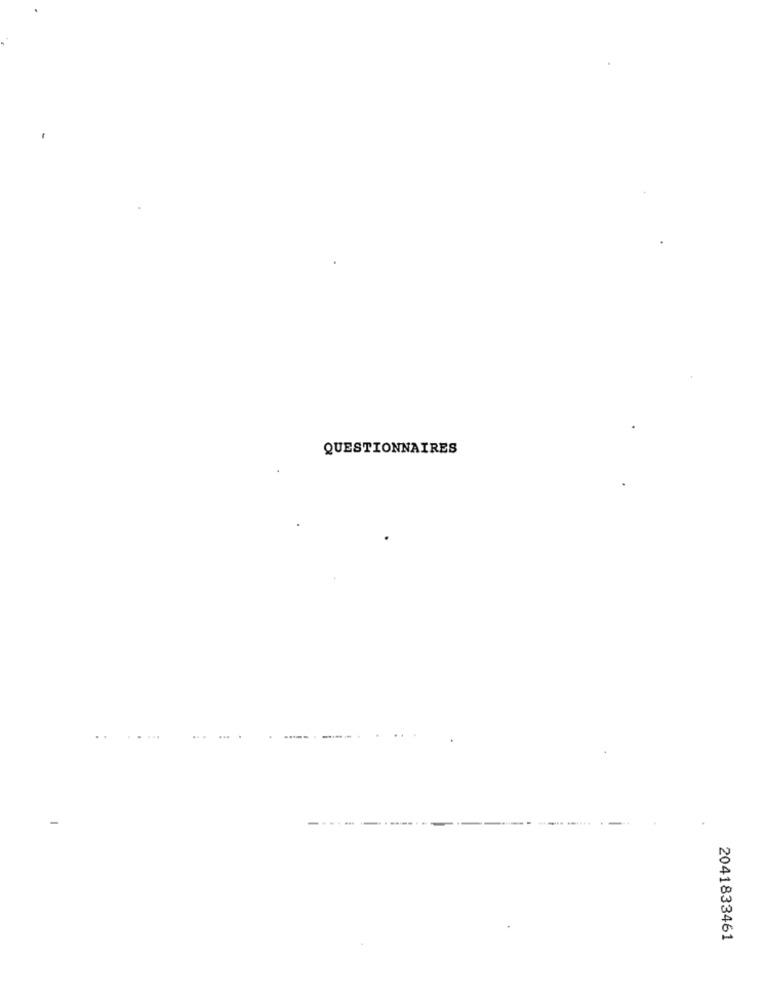
QUESTIONNAIRES
2041833461